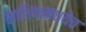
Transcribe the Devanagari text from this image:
नाशिकमध्येच